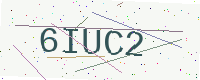
Text: 6IUC2